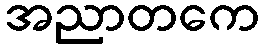
အညာတကေ